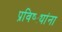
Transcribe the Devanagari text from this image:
प्रविष्ट्यांना